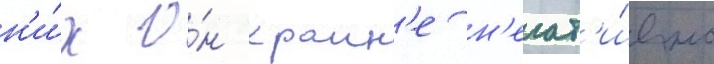
н'и́х о́н краин'е н'егат'и́вно